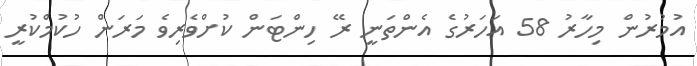
އުމުރުން މިހާރު 58 އަަހަރުގެ އެންތަނީ ރޭ ހިންޓަން ކުށްވެރިވެ މަަރަން ހުކުމްކުރީ